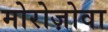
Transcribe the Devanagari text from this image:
मोरोज़ोवा